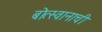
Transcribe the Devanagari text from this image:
बोत्स्वानाची